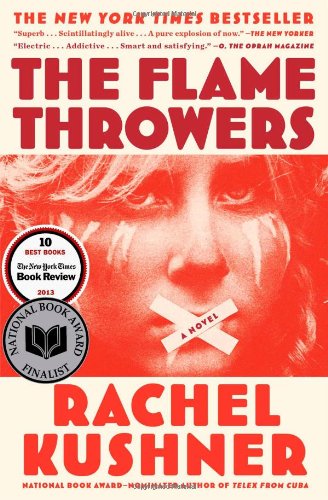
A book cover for The Flamethrowers; Rachel Kushner; Literature & Fiction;